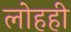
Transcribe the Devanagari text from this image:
लोहही